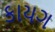
કાયગ